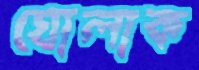
ঘোলাক